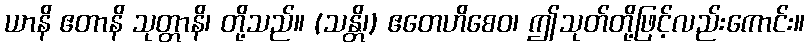
ယာနိ ဧတာနိ သုတ္တာနိ၊ တို့သည်။ (သန္တိ၊) ဧတေဟိစေဝ၊ ဤသုတ်တို့ဖြင့်လည်းကောင်း။